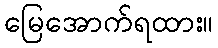
မြေအောက်ရထား။